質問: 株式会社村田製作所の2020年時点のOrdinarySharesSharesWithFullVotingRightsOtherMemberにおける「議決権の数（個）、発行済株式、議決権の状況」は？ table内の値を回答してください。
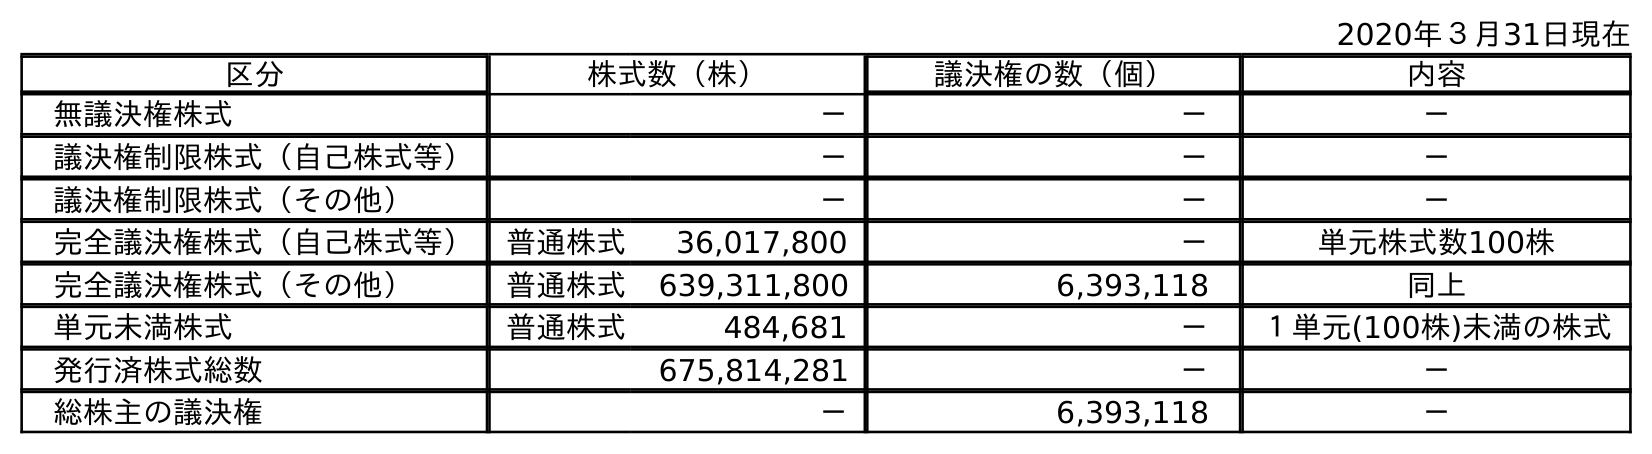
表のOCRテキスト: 2020年３月31日現在 区分 株式数（株） 議決権の数（個） 内容 無議決権株式 － － － 議決権制限株式（自己株式等） － － － 議決権制限株式（その他） － － － 完全議決権株式（自己株式等） 普通株式 36,017,800 － 単元株式数100株 完全議決権株式（その他） 普通株式 639,311,800 6,393,118 同上 単元未満株式 普通株式 484,681 － １単元(100株)未満の株式 発行済株式総数 675,814,281 － － 総株主の議決権 － 6,393,118 －
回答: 6,393,118